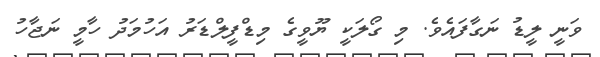
ވަނީ ލީޑު ނަގާފައެވެ. މި ގޯލަކީ ޔޫވީގެ މިޑްފީލްޑަރު އަހުމަދު ހާމީ ނަޖާހު